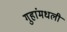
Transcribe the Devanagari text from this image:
गुहांमधली